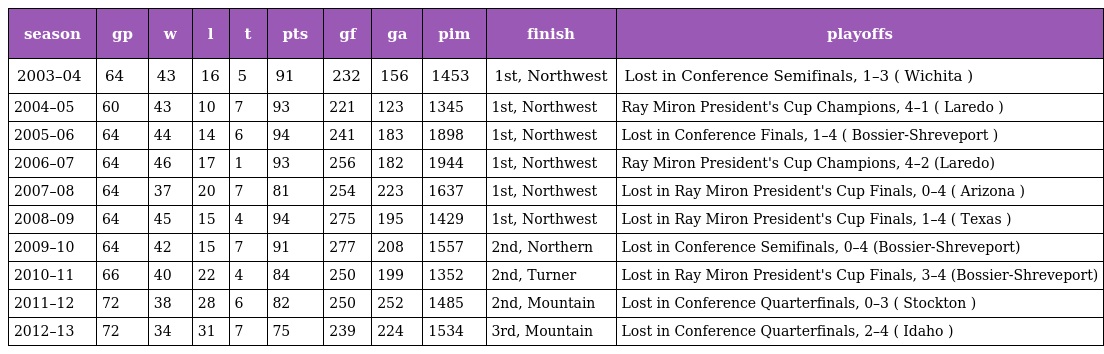
| season | gp | w | l | t | pts | gf | ga | pim | finish | playoffs |
 | --- | --- | --- | --- | --- | --- | --- | --- | --- | --- | --- |
 | 2003–04 | 64 | 43 | 16 | 5 | 91 | 232 | 156 | 1453 | 1st, Northwest | Lost in Conference Semifinals, 1–3 ( Wichita ) |
 | 2004–05 | 60 | 43 | 10 | 7 | 93 | 221 | 123 | 1345 | 1st, Northwest | Ray Miron President's Cup Champions, 4–1 ( Laredo ) |
 | 2005–06 | 64 | 44 | 14 | 6 | 94 | 241 | 183 | 1898 | 1st, Northwest | Lost in Conference Finals, 1–4 ( Bossier-Shreveport ) |
 | 2006–07 | 64 | 46 | 17 | 1 | 93 | 256 | 182 | 1944 | 1st, Northwest | Ray Miron President's Cup Champions, 4–2 (Laredo) |
 | 2007–08 | 64 | 37 | 20 | 7 | 81 | 254 | 223 | 1637 | 1st, Northwest | Lost in Ray Miron President's Cup Finals, 0–4 ( Arizona ) |
 | 2008–09 | 64 | 45 | 15 | 4 | 94 | 275 | 195 | 1429 | 1st, Northwest | Lost in Ray Miron President's Cup Finals, 1–4 ( Texas ) |
 | 2009–10 | 64 | 42 | 15 | 7 | 91 | 277 | 208 | 1557 | 2nd, Northern | Lost in Conference Semifinals, 0–4 (Bossier-Shreveport) |
 | 2010–11 | 66 | 40 | 22 | 4 | 84 | 250 | 199 | 1352 | 2nd, Turner | Lost in Ray Miron President's Cup Finals, 3–4 (Bossier-Shreveport) |
 | 2011–12 | 72 | 38 | 28 | 6 | 82 | 250 | 252 | 1485 | 2nd, Mountain | Lost in Conference Quarterfinals, 0–3 ( Stockton ) |
 | 2012–13 | 72 | 34 | 31 | 7 | 75 | 239 | 224 | 1534 | 3rd, Mountain | Lost in Conference Quarterfinals, 2–4 ( Idaho ) |